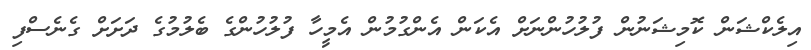
އިލެކްޝަން ކޮމިޝަނުން ފުލުހުންނަށް އެކަން އެންގުމުން އެމީހާ ފުލުހުންގެ ބެލުމުގެ ދަށަށް ގެނެސްފި